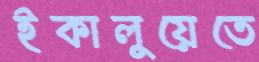
ইকালুয়েতে